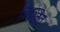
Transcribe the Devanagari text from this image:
निश्तित